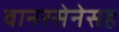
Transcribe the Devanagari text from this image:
वानरसेनेसह